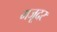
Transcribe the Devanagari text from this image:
मजूदर